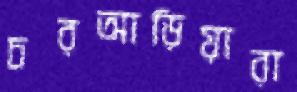
চরআড়িয়ারা